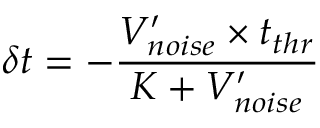
\delta t = - \frac { V _ { n o i s e } ^ { \prime } \times t _ { t h r } } { K + V _ { n o i s e } ^ { \prime } }